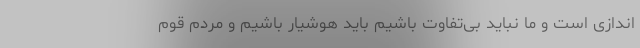
اندازی است و ما نباید بی‌تفاوت باشیم باید هوشیار باشیم و مردم قوم